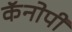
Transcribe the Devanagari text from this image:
कॅनोपी